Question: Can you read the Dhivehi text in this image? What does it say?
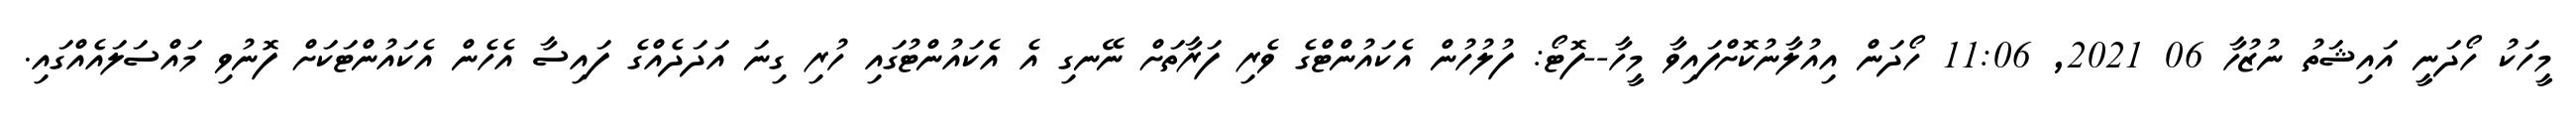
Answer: މީހަކު ހޯދަނީ އައިޝަތު ނުޒުހާ 06 2021, 11:06 ހޯދަން އިއުލާނުކޮށްފައިވާ މީހާ--ފޮޓޯ: ފުލުހުން އެކައުންޓްގެ ވެރި ފަރާތަށް ނޭނގި އެ އެކައުންޓުގައި ހުރި ގިނަ އަދަދެއްގެ ފައިސާ އެހެން އެކައުންޓަކަށް ފޮނުވި މައްސަލައެއްގައި.